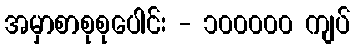
အမှာစာစုစုပေါင်း - ၁၀၀၀၀၀ ကျပ်